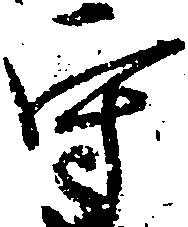
守